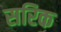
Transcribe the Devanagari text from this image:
सरिक